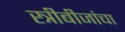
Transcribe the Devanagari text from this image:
स्त्रीबीजांचा